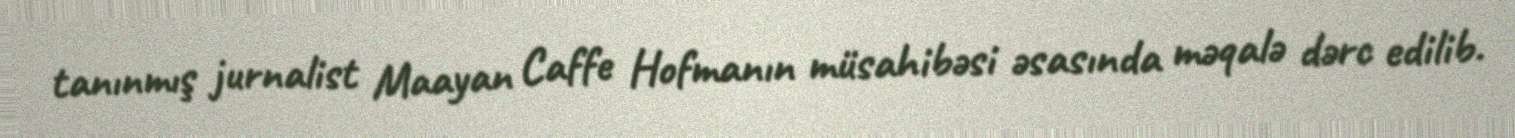
tanınmış jurnalist Maayan Caffe Hofmanın müsahibəsi əsasında məqalə dərc edilib.